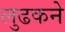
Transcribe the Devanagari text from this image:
लुढकने